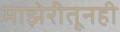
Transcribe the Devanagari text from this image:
माझेरीतूनही